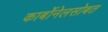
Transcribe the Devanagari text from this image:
कार्बोनेलसोबत